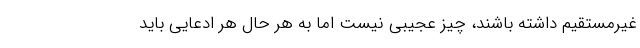
غیرمستقیم داشته باشند، چیز عجیبی نیست اما به هر حال هر ادعایی باید